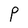
Character: P